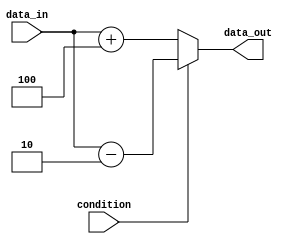
module if_else_statement(
    input wire condition,
    input wire [3:0] data_in,
    output reg [3:0] data_out
);

always @(*) begin
    if (~condition) begin
        // Block of code to execute if condition is false
        data_out = data_in + 4;
    end else begin
        // Block of code to execute if condition is true
        data_out = data_in - 2;
    end
end

endmodule